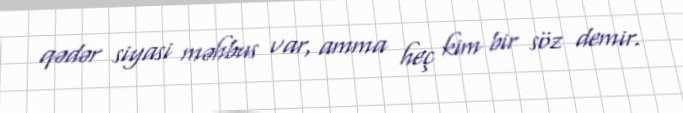
qədər siyasi məhbus var, amma heç kim bir söz demir.